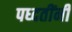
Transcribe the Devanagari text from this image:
पध्दतींनी